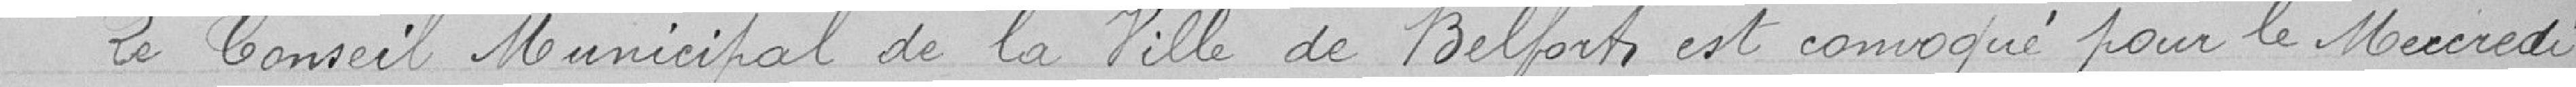
Le Conseil Municipal de la ville de Belfort est convoqué pour le mercredi